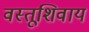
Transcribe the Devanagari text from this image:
वस्तूशिवाय